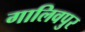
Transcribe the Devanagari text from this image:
गालिवपुर